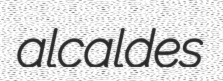
alcaldes